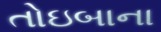
તોઇબાના